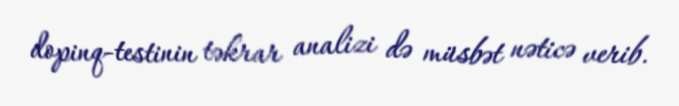
dopinq-testinin təkrar analizi də müsbət nəticə verib.